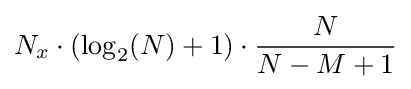
N_{x}\cdot (\log _{2}(N)+1)\cdot {\frac {N}{N-M+1}}